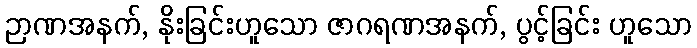
ဉာဏအနက်, နိုးခြင်းဟူသော ဇာဂရဏအနက်, ပွင့်ခြင်း ဟူသော